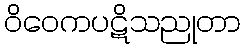
ဝိဝေကပဋိသညုတာ